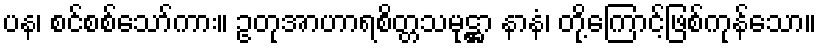
ပန၊ စင်စစ်သော်ကား။ ဥတုအာဟာရစိတ္တသမုဋ္ဌာ နာနံ၊ တို့ကြောင့်ဖြစ်ကုန်သော။